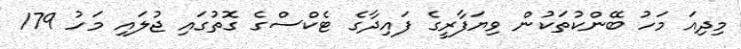
މިދިއަ މަހު ބޭންކުތަކުން ވިޔަފާރީގެ ފައިދާގެ ޓެކްސްގެ ގޮތުގައި ޖުލައި މަހު 179